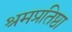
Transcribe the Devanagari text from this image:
श्रमप्रतिष्ठा